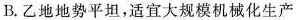
B.乙地地势平坦，适宜大规模机械化生产